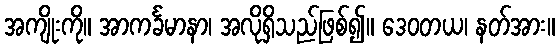
အကျိုးကို။ အာကင်္ခမာနာ၊ အလိုရှိသည်ဖြစ်၍။ ဒေဝတယ၊ နတ်အား။